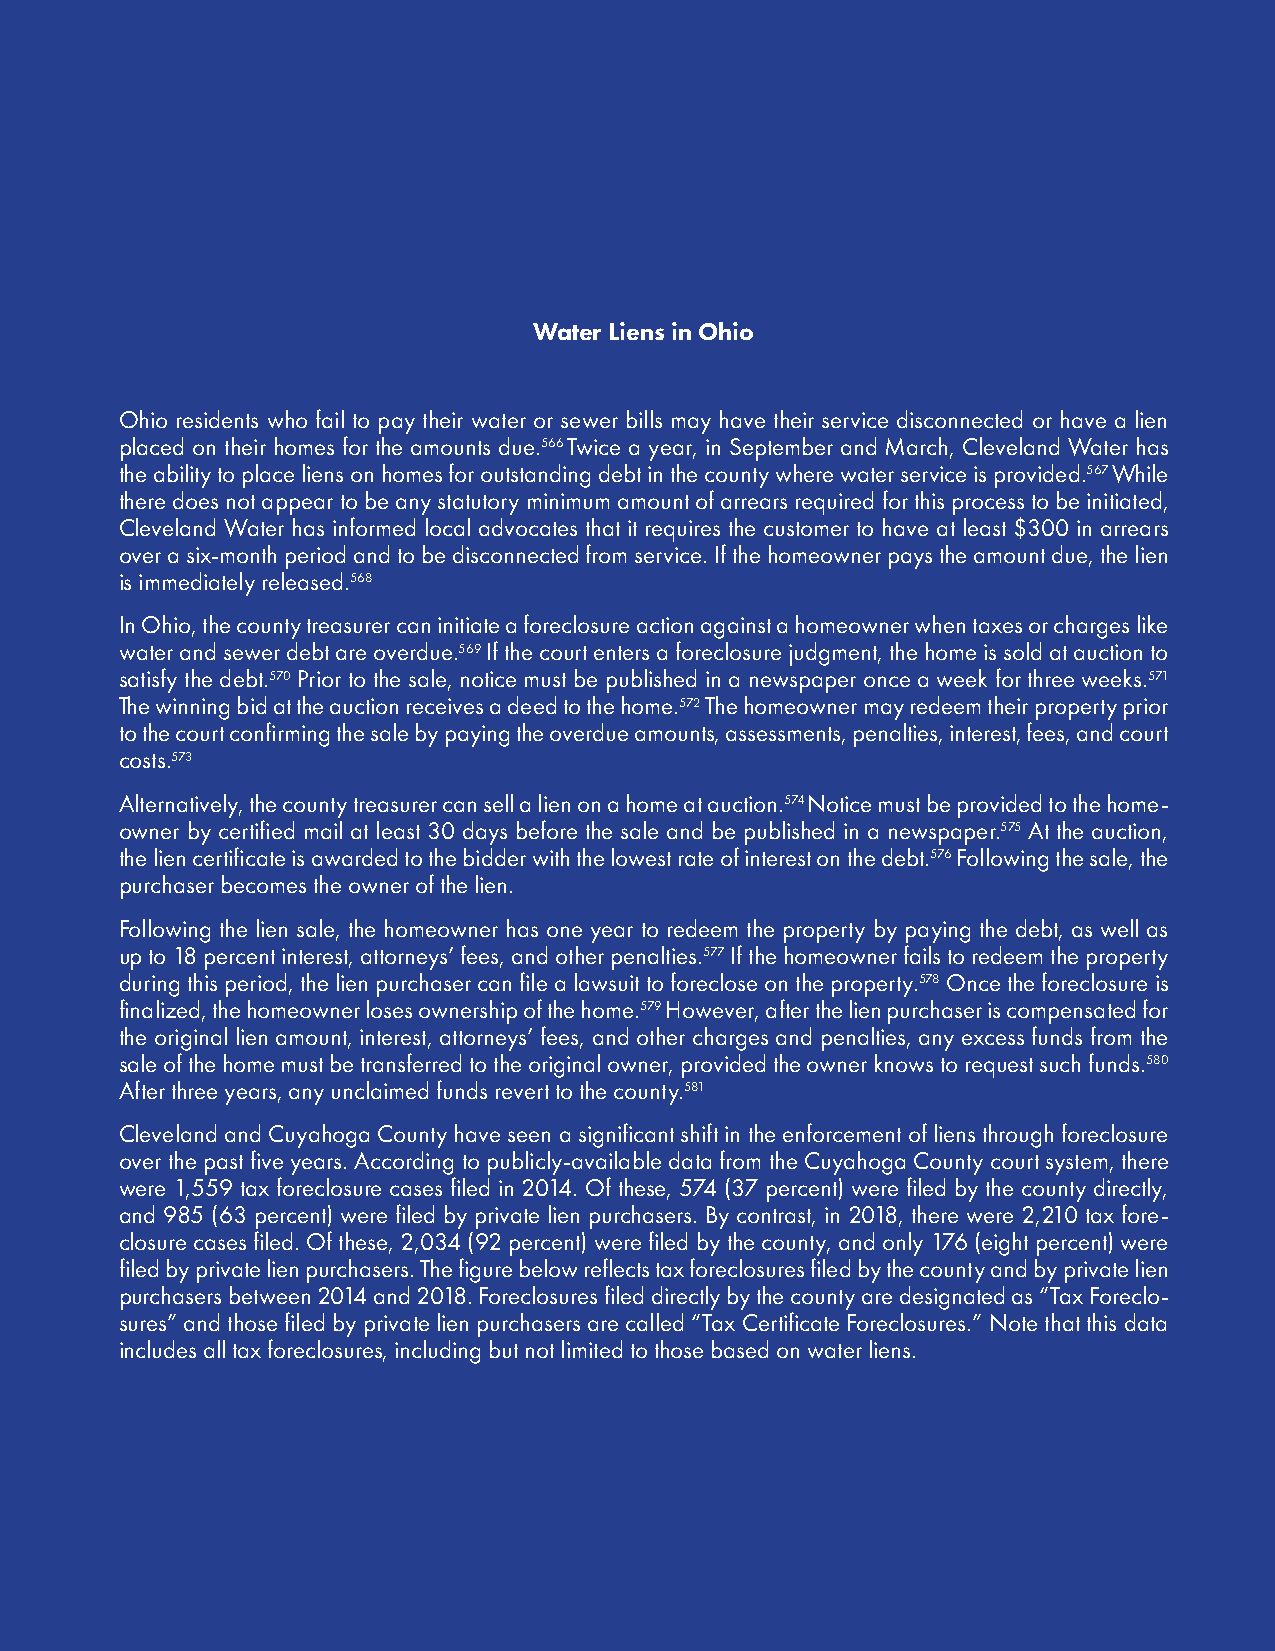
Water Liens in Ohio
 Ohio residents who fail to pay their water or sewer bills may have their service disconnected or have a lien
 placed on their homes for the amounts due.566 Twice a year, in September and March, Cleveland Water has
 the ability to place liens on homes for outstanding debt in the county where water service is provided.567 While
 there does not appear to be any statutory minimum amount of arrears required for this process to be initiated,
 Cleveland Water has informed local advocates that it requires the customer to have at least $300 in arrears
 over a six-month period and to be disconnected from service. If the homeowner pays the amount due, the lien
 is immediately released.568
 In Ohio, the county treasurer can initiate a foreclosure action against a homeowner when taxes or charges like
 water and sewer debt are overdue.569 If the court enters a foreclosure judgment, the home is sold at auction to
 satisfy the debt.570 Prior to the sale, notice must be published in a newspaper once a week for three weeks.571
 The winning bid at the auction receives a deed to the home.572 The homeowner may redeem their property prior
 to the court confirming the sale by paying the overdue amounts, assessments, penalties, interest, fees, and court
 costs.573
 Alternatively, the county treasurer can sell a lien on a home at auction.574 Notice must be provided to the home-
 owner by certified mail at least 30 days before the sale and be published in a newspaper.575 At the auction,
 the lien certificate is awarded to the bidder with the lowest rate of interest on the debt.576 Following the sale, the
 purchaser becomes the owner of the lien.
 Following the lien sale, the homeowner has one year to redeem the property by paying the debt, as well as
 up to 18 percent interest, attorneys’ fees, and other penalties.577 If the homeowner fails to redeem the property
 during this period, the lien purchaser can file a lawsuit to foreclose on the property.578 Once the foreclosure is
 finalized, the homeowner loses ownership of the home.579 However, after the lien purchaser is compensated for
 the original lien amount, interest, attorneys’ fees, and other charges and penalties, any excess funds from the
 sale of the home must be transferred to the original owner, provided the owner knows to request such funds.580
 After three years, any unclaimed funds revert to the county.581
 Cleveland and Cuyahoga County have seen a significant shift in the enforcement of liens through foreclosure
 over the past five years. According to publicly-available data from the Cuyahoga County court system, there
 were 1,559 tax foreclosure cases filed in 2014. Of these, 574 (37 percent) were filed by the county directly,
 and 985 (63 percent) were filed by private lien purchasers. By contrast, in 2018, there were 2,210 tax fore-
 closure cases filed. Of these, 2,034 (92 percent) were filed by the county, and only 176 (eight percent) were
 filed by private lien purchasers. The figure below reflects tax foreclosures filed by the county and by private lien
 purchasers between 2014 and 2018. Foreclosures filed directly by the county are designated as “Tax Foreclo-
 sures” and those filed by private lien purchasers are called “Tax Certificate Foreclosures.” Note that this data
 includes all tax foreclosures, including but not limited to those based on water liens.
 49